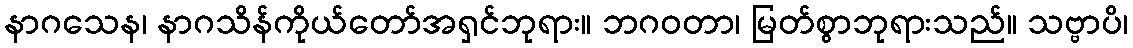
နာဂသေန၊ နာဂသိန်ကိုယ်တော်အရှင်ဘုရား။ ဘဂဝတာ၊ မြတ်စွာဘုရားသည်။ သဗ္ဗာပိ၊